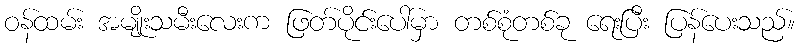
ဝန်ထမ်း အမျိုးသမီးလေးက ဖြတ်ပိုင်းပေါ်မှာ တစ်စုံတစ်ခု ရေးပြီး ပြန်ပေးသည်။